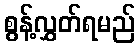
စွန့်လွှတ်ရမည်